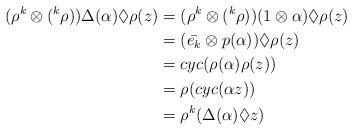
LaTeX: \begin{align*}(\rho^{k} \otimes (^{k}\rho))\Delta(\alpha) \Diamond \rho(z)&=(\rho^{k} \otimes (^{k}\rho))(1 \otimes \alpha) \Diamond \rho(z) \\&=(\bar{e_{k}} \otimes p(\alpha)) \Diamond \rho(z) \\&=cyc(\rho(\alpha)\rho(z)) \\&=\rho(cyc(\alpha z)) \\&=\rho^{k}(\Delta(\alpha) \Diamond z)\end{align*}